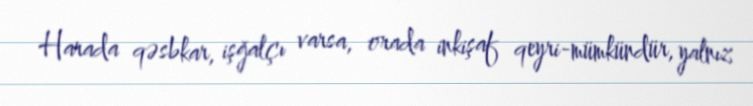
Harada qəsbkar, işğalçı varsa, orada inkişaf qeyri-mümkündür, yalnız